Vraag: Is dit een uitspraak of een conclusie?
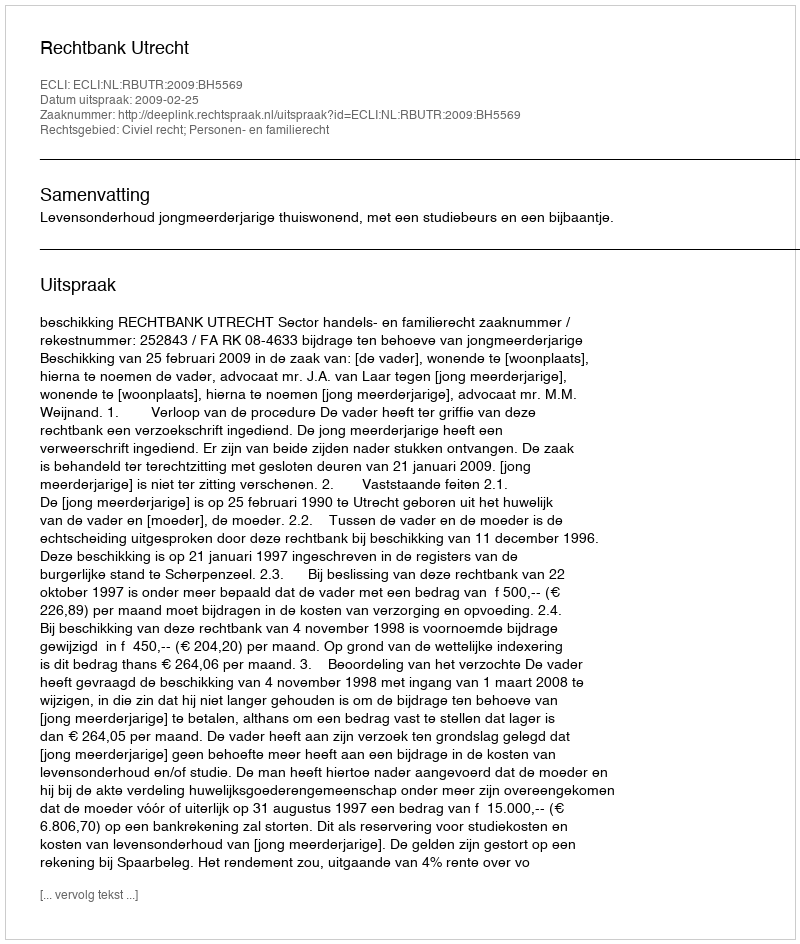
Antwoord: Uitspraak